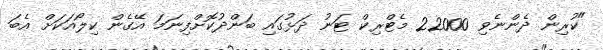
"ކުރިން ދެންނެވި 22000 މެޓްރިކް ޓަނު ދަޅުގައި ބަންދުކޮށްފިނަމަ އޭގެން ކިލޯއަކަށް އެބަ